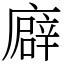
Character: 廦